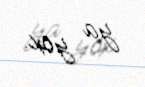
ya yox.